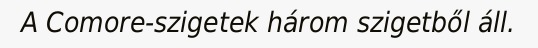
A Comore-szigetek három szigetből áll.